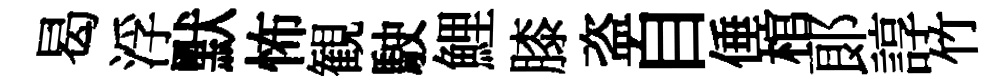
曷浮默怖観駛鯉膝盗自倕棺郞諄竹